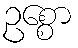
ဥစ္စော